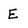
Character: E